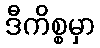
ဒီကိစ္စမှာ